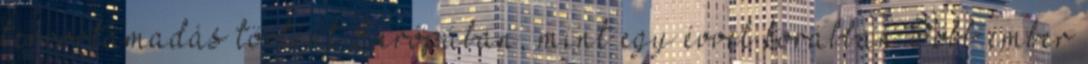
terrortámadás történt Európában, mint egy évvel korábban Több ember